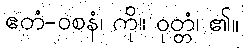
ဧတံ-ဝစနံ၊ ကို။ ဝုတ္တံ၊ ၏။